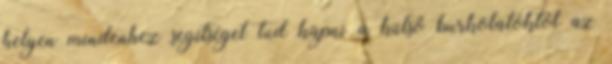
helyen mindenhez segítséget tud kapni a külső burkolatoktól az